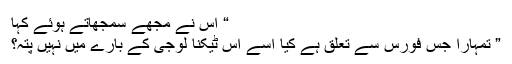
“ اس نے مجھے سمجھاتے ہوئے کہا
” تمہارا جس فورس سے تعلق ہے کیا اسے اس ٹیکنا لوجی کے بارے میں نہیں پتہ؟